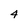
Character: 4